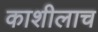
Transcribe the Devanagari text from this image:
काशीलाच